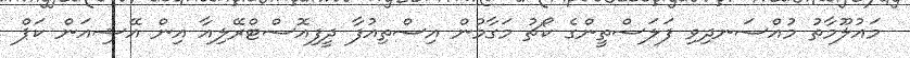
މައުލޫމާތު މުއްސަނދިވި ފަލަސްތީންގެ ކޯޗު މަގާމުން އިސްތިއުފާ ދީފިއޮސްޓްރޭލިއާ އިން އޭޝިއަން ކަޕް